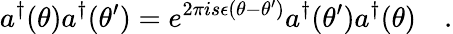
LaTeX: a^{\dagger}(\theta)a^{\dagger}(\theta^{\prime})=e^{2\pi is\epsilon(\theta-\theta^{\prime})}a^{\dagger}(\theta^{\prime})a^{\dagger}(\theta)\quad.